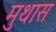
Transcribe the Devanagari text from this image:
मुथास